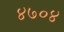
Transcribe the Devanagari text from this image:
४७०४